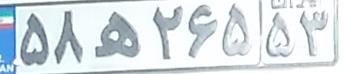
۵۸ه۲۶۵۵۳